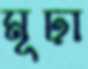
মূঢ়া